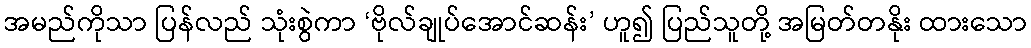
အမည်ကိုသာ ပြန်လည် သုံးစွဲကာ ‘ဗိုလ်ချုပ်အောင်ဆန်း’ ဟူ၍ ပြည်သူတို့ အမြတ်တနိုး ထားသော